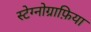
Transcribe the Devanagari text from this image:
स्टेग्नोग्राफ़िया